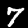
Label: 7